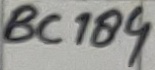
Text: BC184